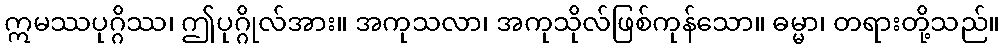
ဣမဿပုဂ္ဂိဿ၊ ဤပုဂ္ဂိုလ်အား။ အကုသလာ၊ အကုသိုလ်ဖြစ်ကုန်သော။ ဓမ္မာ၊ တရားတို့သည်။